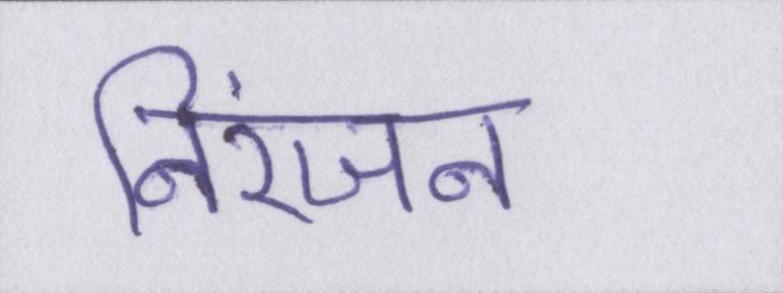
निरंजन